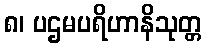
၈၊ ပဌမပရိဟာနိသုတ္တ